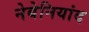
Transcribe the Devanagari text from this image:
नेबेनियांद